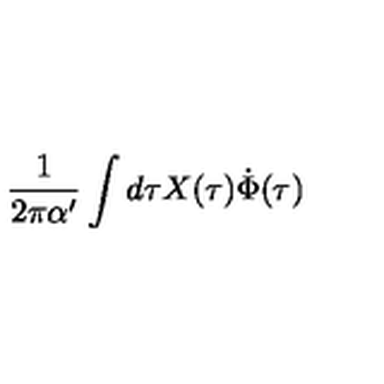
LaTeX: \frac { 1 } { 2 \pi \alpha ^ { \prime } } \int d \tau X ( \tau ) \dot { \Phi } ( \tau )